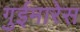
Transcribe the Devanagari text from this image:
गुईमारेस